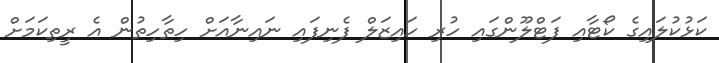
ކަޅުކުލައިގެ ކޯޓާއި ފަޓްލޫންގައި ހުރި ހައިޒަލް ފެނިފައި ނައިނާއަށް ހިތާހިތުން އެ ރީތިކަމަށް